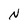
Character: N